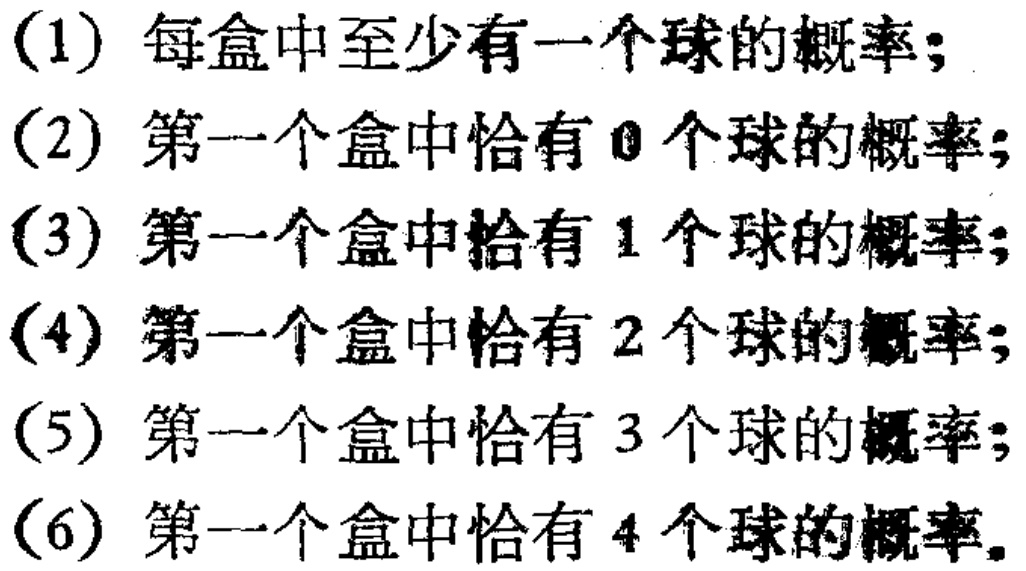
(1) 每盒中至少有一个球的概率;

(2) 第一个盒中恰有 \(0\) 个球的概率;

(3) 第一个盒中恰有 \(1\) 个球的概率;

(4) 第一个盒中恰有 \(2\) 个球的概率;

(5) 第一个盒中恰有 \(3\) 个球的概率;

(6) 第一个盒中恰有 \(4\) 个球的概率.